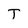
Character: T